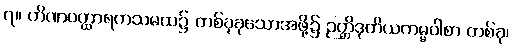
၇။ တိဏဝတ္ထာရကသမထ၌ တစ်ခုခုသောအဖို့၌ ဉတ္တိဒုတိယကမ္မဝါစာ တစ်ခု၊